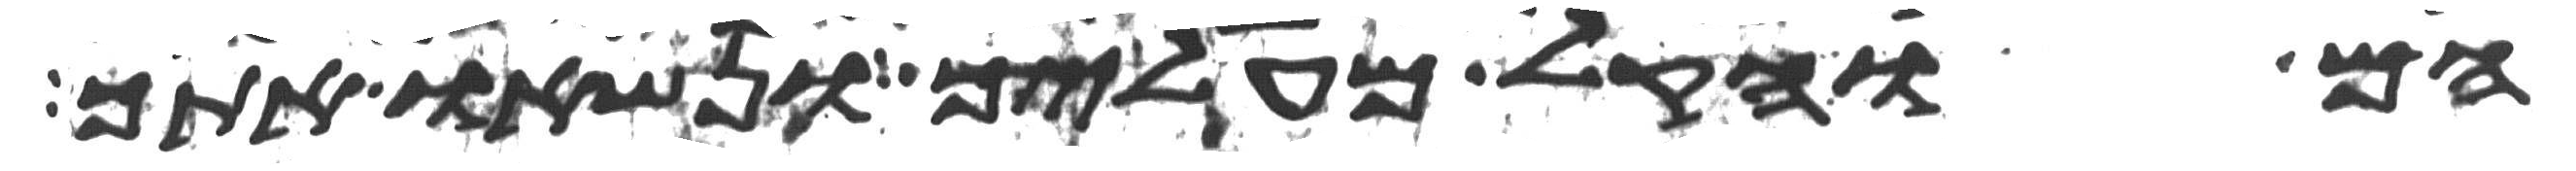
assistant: הם והקל מעליך ונשאו אתך